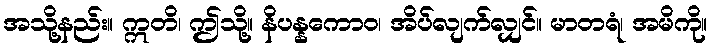
အသို့နည်း။ ဣတိ၊ ဤသို့။ နိပန္နကောဝ၊ အိပ်လျက်လျှင်။ မာတရံ၊ အမိကို။